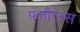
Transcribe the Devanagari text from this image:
फ्लौरेन्स